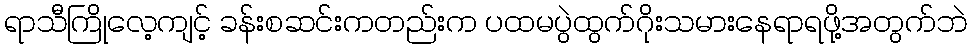
ရာသီကြိုလေ့ကျင့် ခန်းစဆင်းကတည်းက ပထမပွဲထွက်ဂိုးသမားနေရာရဖို့အတွက်ဘဲ